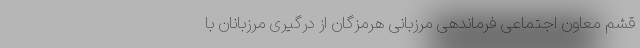
قشم معاون اجتماعی فرماندهی مرزبانی هرمزگان از درگیری مرزبانان با